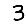
Digit: 3